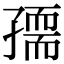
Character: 𡦘